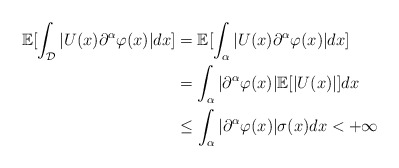
\begin{align*}\mathbb{E}[\int_{\mathcal{D}}|U(x)\partial^{\alpha}\varphi(x)|dx] &= \mathbb{E}[\int_{\alpha}|U(x)\partial^{\alpha}\varphi(x)|dx] \\ &= \int_{\alpha}|\partial^{\alpha}\varphi(x)|\mathbb{E}[|U(x)|]dx \\&\leq \int_{\alpha}|\partial^{\alpha}\varphi(x)|\sigma(x)dx < +\infty \end{align*}